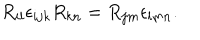
LaTeX: R _ { i l } \epsilon _ { i j k } R _ { k n } = R _ { j m } \epsilon _ { l m n } .